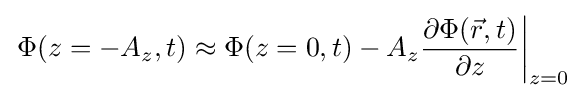
\left.\Phi (z=-A_{z},t)\approx \Phi (z=0,t)-A_{z}{\frac {\partial \Phi ({\vec {r}},t)}{\partial z}}\right|_{z=0}